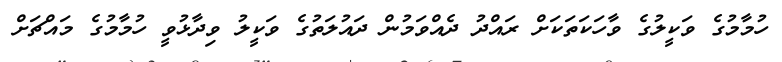
ހުމާމުގެ ވަކީލުގެ ވާހަކަތަކަށް ރައްދު ދެއްވަމުން ދައުލަތުގެ ވަކީލު ވިދާޅުވީ ހުމާމުގެ މައްޗަށް